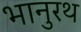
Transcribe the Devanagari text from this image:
भानुरथ